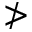
\ngtr